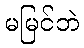
မမြင်ဘဲ